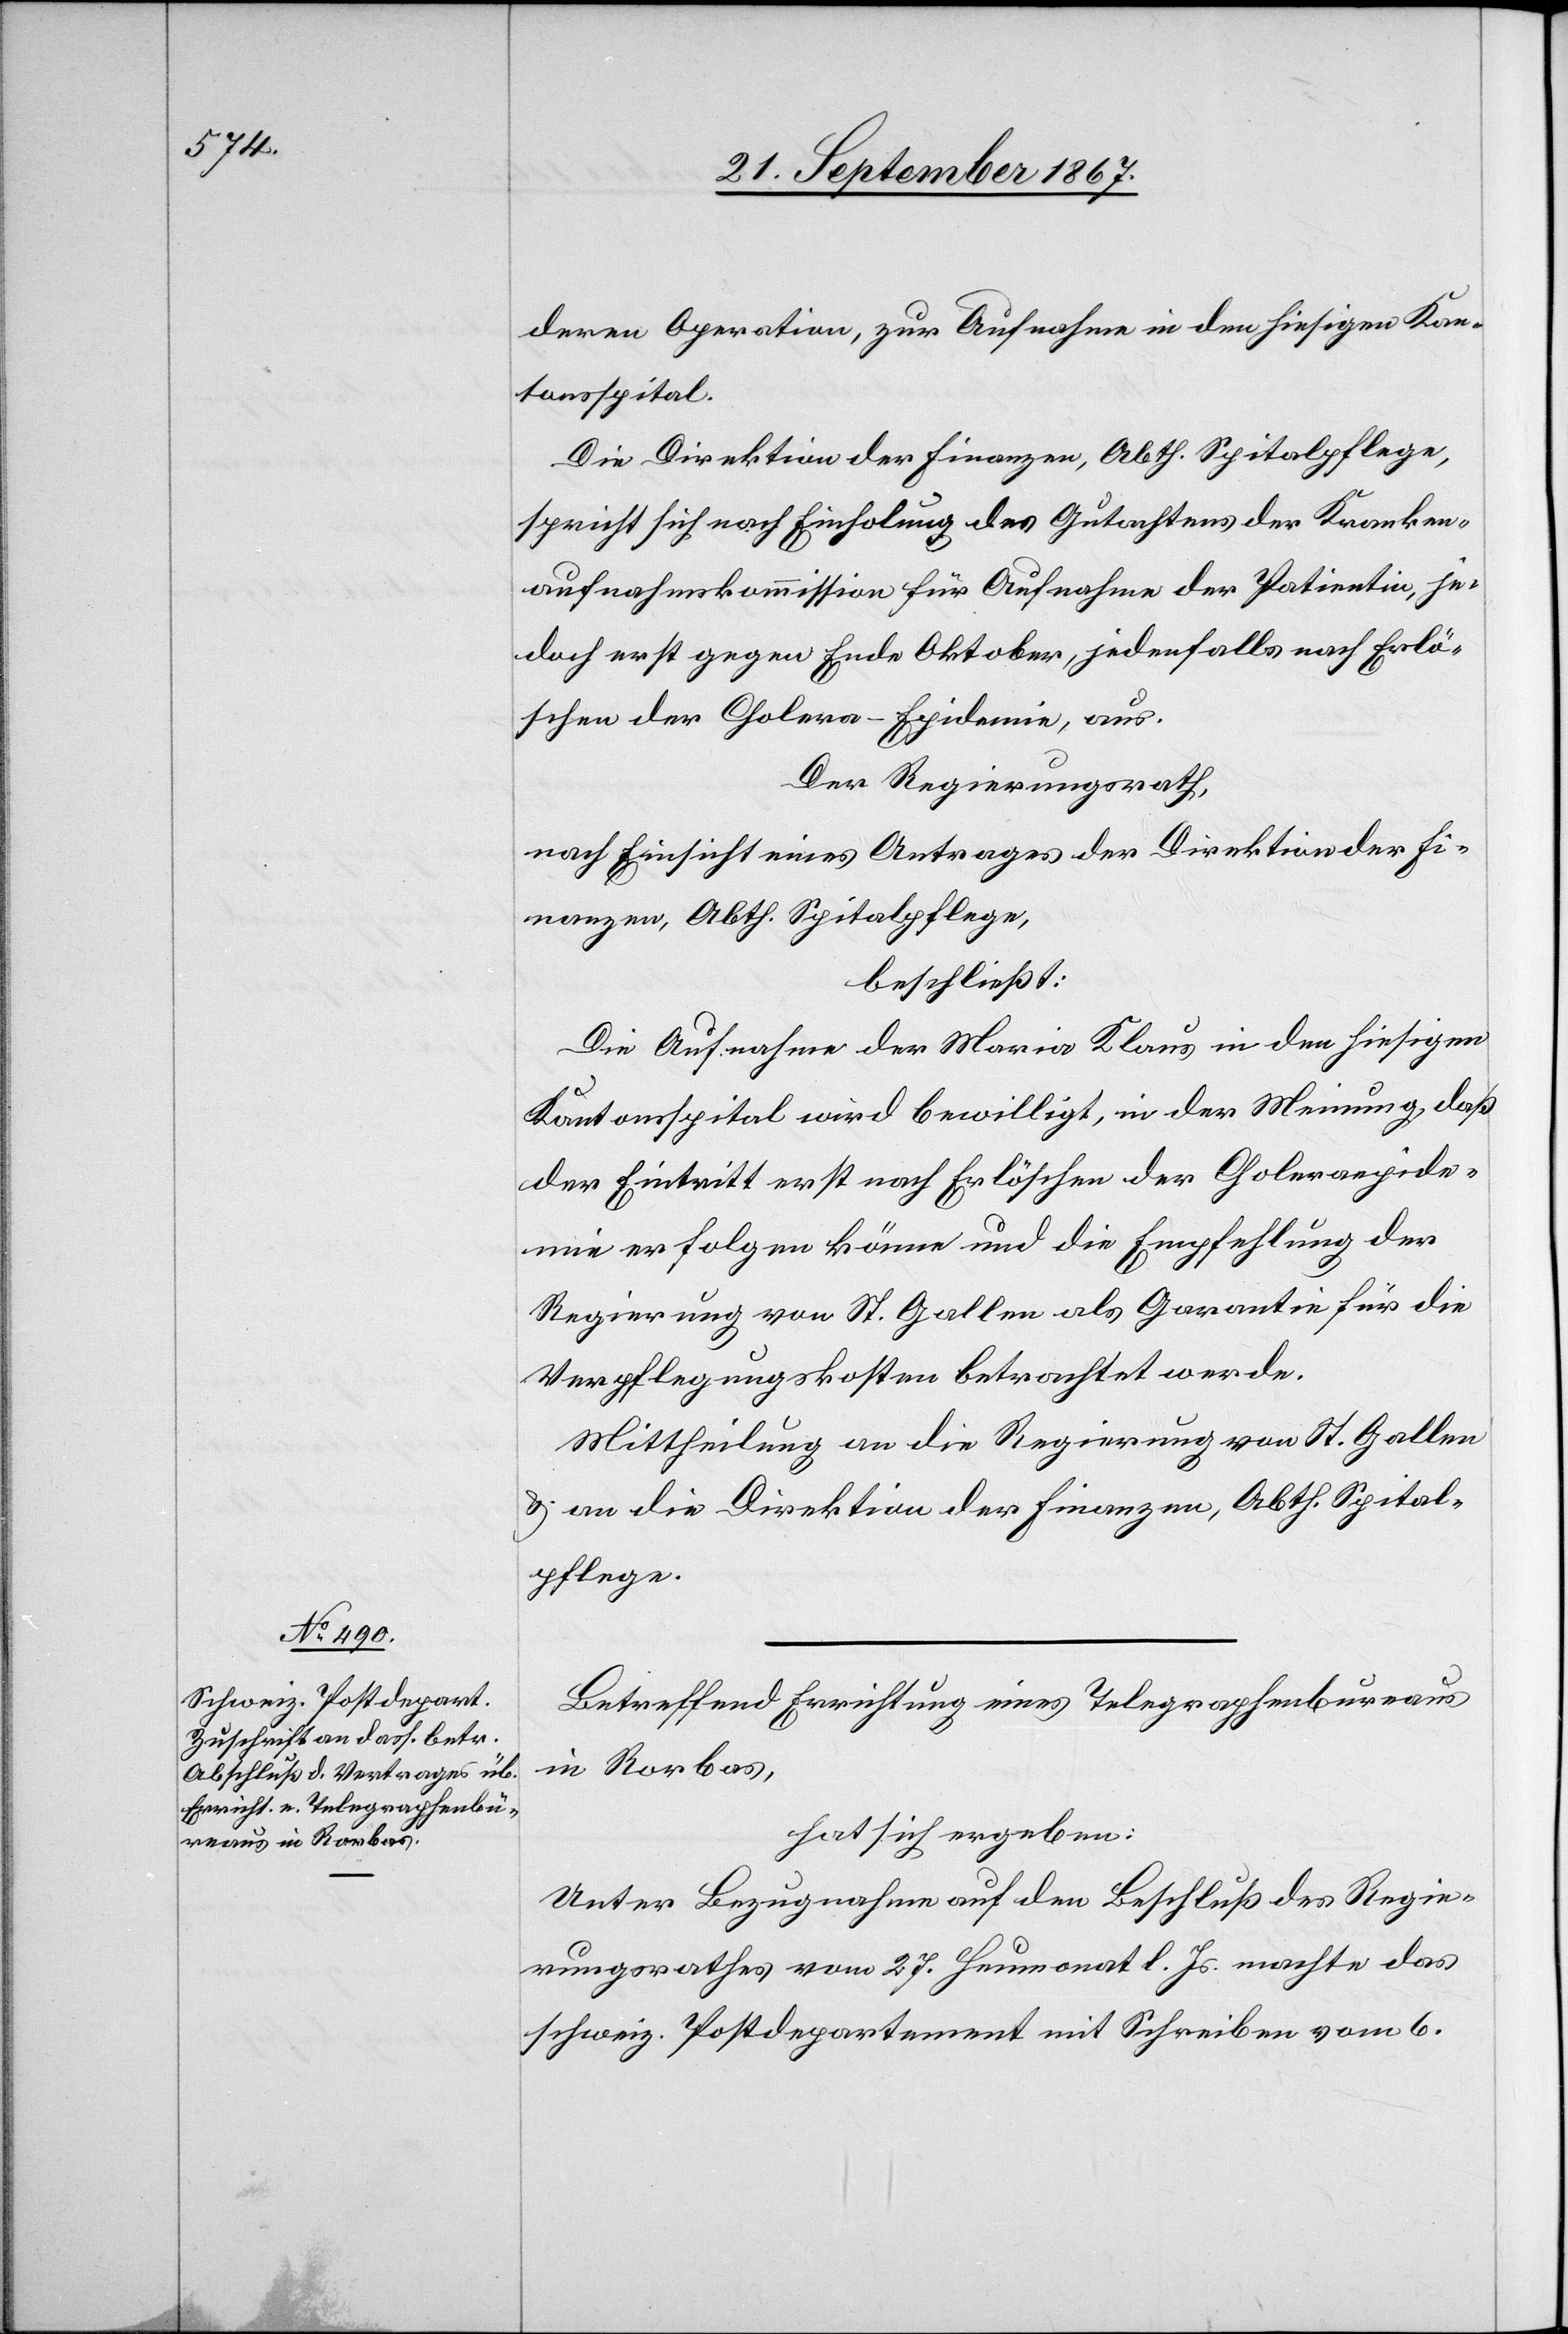
deren Operation, zur Aufnahme in den hiesigen Kan¬
tonsspital.
Die Direktion der Finanzen, Abth. Spitalpflege,
spricht sich nach Einholung des Gutachtens der Kranken¬
aufnahmskommission für Aufnahme der Patientin, je¬
doch erst gegen Ende Oktober, jedenfalls nach Erlö¬
schen der Cholera-Epidemie, aus.
Der Regierungsrath,
nach Einsicht eines Antrages der Direktion der Fi¬
nanzen, Abth. Spitalpflege,
beschließt:
Die Aufnahme der Maria Klaus in den hiesigen
Kantonsspital wird bewilligt, in der Meinung, daß
der Eintritt erst nach Erlöschen der Cholera-Epide¬
mie erfolgen könne und die Empfehlung der
Regierung von St. Gallen als Garantie für die
Verpflegungskosten betrachtet werde.
Mittheilung an die Regierung von St. Gallen
u. an die Direktion der Finanzen, Abth. Spital¬
pflege.
Betreffend Errichtung eines Telegraphenbureaus
in Rorbas,
hat sich ergeben:
Unter Bezugnahme auf den Beschluß des Regie¬
rungsrathes vom 27. Heumonat l. Js. machte das
schweiz. Postdepartement mit Schreiben vom 6.